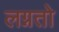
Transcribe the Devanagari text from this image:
लग्नतो